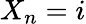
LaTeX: X_{n}=i